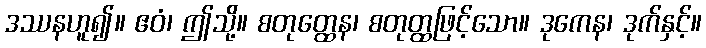
ဒဿနဟူ၍။ ဧဝံ၊ ဤသို့။ စတုတ္ထေန၊ စတုတ္ထဖြင့်သော။ ဒုကေန၊ ဒုက်နှင့်။